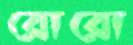
রোরো